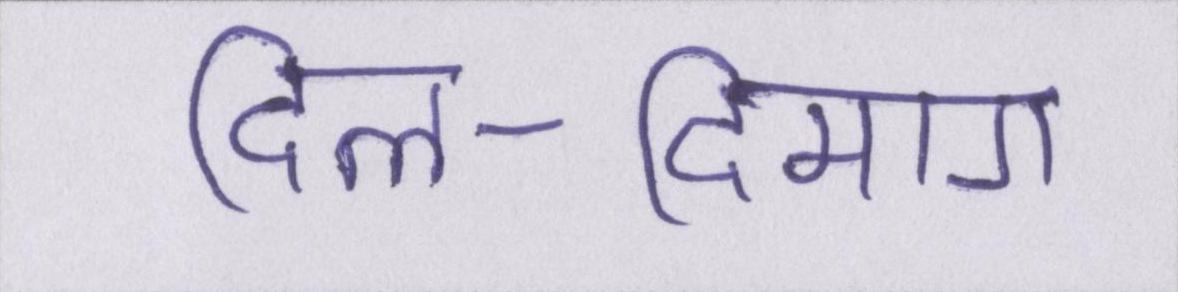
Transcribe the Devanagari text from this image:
दिल-दिमाग